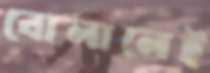
বোলালেই